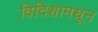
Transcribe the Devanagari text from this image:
विदिशामधून